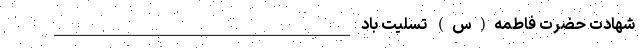
شهادت حضرت فاطمه(س) تسلیت باد _____________________________________